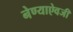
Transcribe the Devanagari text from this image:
नेण्याऐवजी